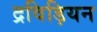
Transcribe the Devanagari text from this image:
द्रविड़ियन